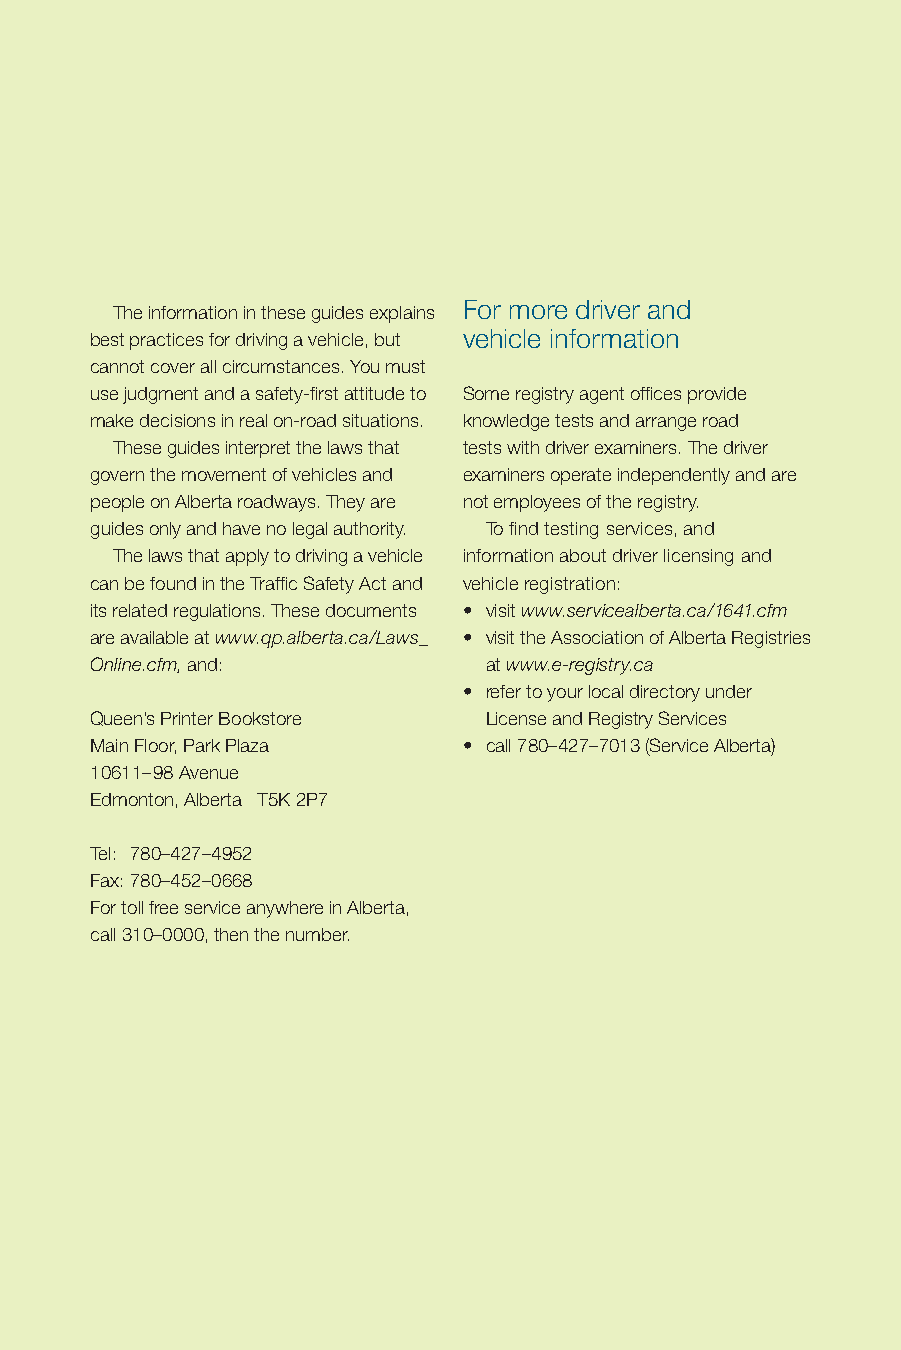
For more driver and
 The information in these guides explains
 best practices for driving a vehicle, but vehicle information
 cannot cover all circumstances. You must
 use judgment and a safety-first attitude to Some registry agent offices provide
 make decisions in real on-road situations. knowledge tests and arrange road
 These guides interpret the laws that tests with driver examiners. The driver
 govern the movement of vehicles and examiners operate independently and are
 people on Alberta roadways. They are not employees of the registry.
 guides only and have no legal authority. To find testing services, and
 The laws that apply to driving a vehicle information about driver licensing and
 can be found in the Traffic Safety Act and vehicle registration:
 its related regulations. These documents • visit www.servicealberta.ca/1641.cfm
 are available at www.qp.alberta.ca/Laws_ • visit the Association of Alberta Registries
 Online.cfm, and:          at www.e-registry.ca
 • refer to your local directory under
 Queen’s Printer Bookstore License and Registry Services
 Main Floor, Park Plaza   • call 780–427–7013 (Service Alberta)
 10611–98 Avenue
 Edmonton, Alberta T5K 2P7
 Tel: 780–427–4952
 Fax: 780–452–0668
 For toll free service anywhere in Alberta,
 call 310–0000, then the number.